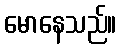
မောနေသည်။